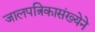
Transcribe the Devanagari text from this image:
जालपत्रिकासंख्येने